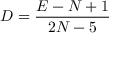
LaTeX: D = { \frac { E - N + 1 } { 2 N - 5 } }